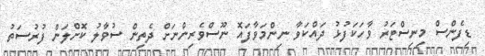
ޑިފެންސް މިނިސްޓަރު ވާހަކަފުޅު ދައްކަވާ ނިންމަވާފައޮ ނޫސްވެރިންނަށް ދެތިން ސުވާލު ކޮށްލަން ފުރުސަތު